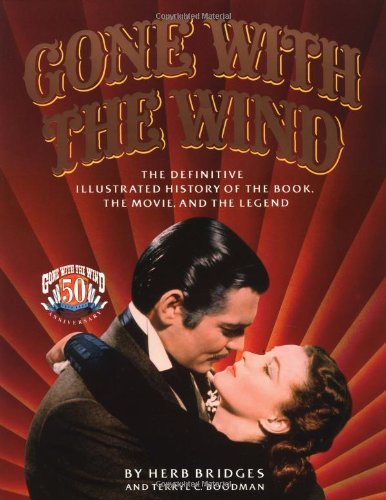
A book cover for Gone With the Wind: The Definitive Illustrated History of the Book, the Movie and the Legend; Herb Bridges; Humor & Entertainment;